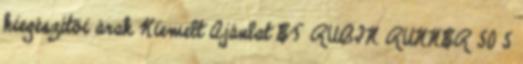
kiegészítői árak Kiemelt Ajánlat ET RUBIN RUNNER 50 5